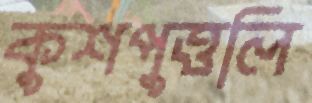
কুশপুত্তলি